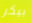
بيكر